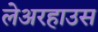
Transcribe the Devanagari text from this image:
लेअरहाउस